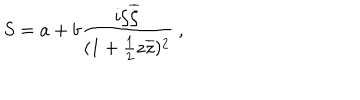
S = a + b { \frac { i \zeta \overline { { \zeta } } } { ( 1 + { \frac { 1 } { 2 } } z \overline { { z } } ) ^ { 2 } } } \ ,